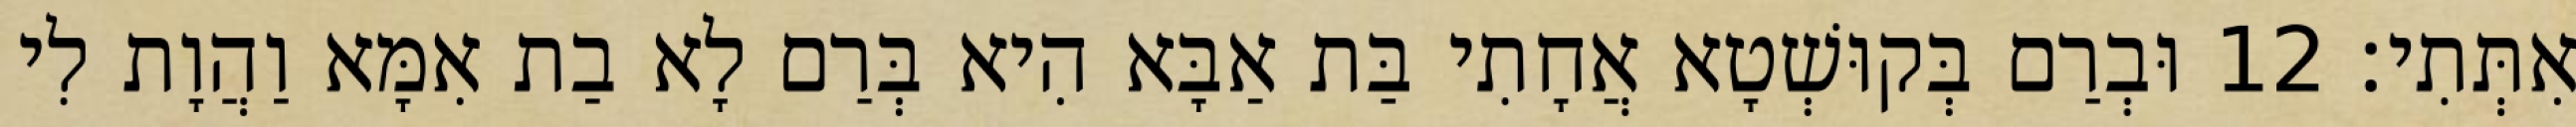
אִתְּתִי׃ 12 וּבְרַם בְּקוּשְׁטָא אֲחָתִי בַּת אַבָּא הִיא בְּרַם לָא בַת אִמָּא וַהֲוָת לִי